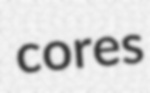
cores